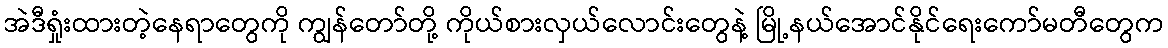
အဲဒီရှုံးထားတဲ့နေရာတွေကို ကျွန်တော်တို့ ကိုယ်စားလှယ်လောင်းတွေနဲ့ မြို့နယ်အောင်နိုင်ရေးကော်မတီတွေက